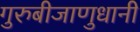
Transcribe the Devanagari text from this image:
गुरुबीजाणुधानी